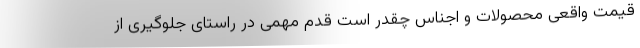
قیمت واقعی محصولات و اجناس چقدر است قدم مهمی در راستای جلوگیری از